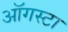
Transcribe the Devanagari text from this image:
ऑगस्‍टा